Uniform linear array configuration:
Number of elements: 4
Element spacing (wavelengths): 1
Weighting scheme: kaiser
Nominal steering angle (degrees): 30
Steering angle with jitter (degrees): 29.576
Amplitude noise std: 0.05
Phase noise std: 0.05

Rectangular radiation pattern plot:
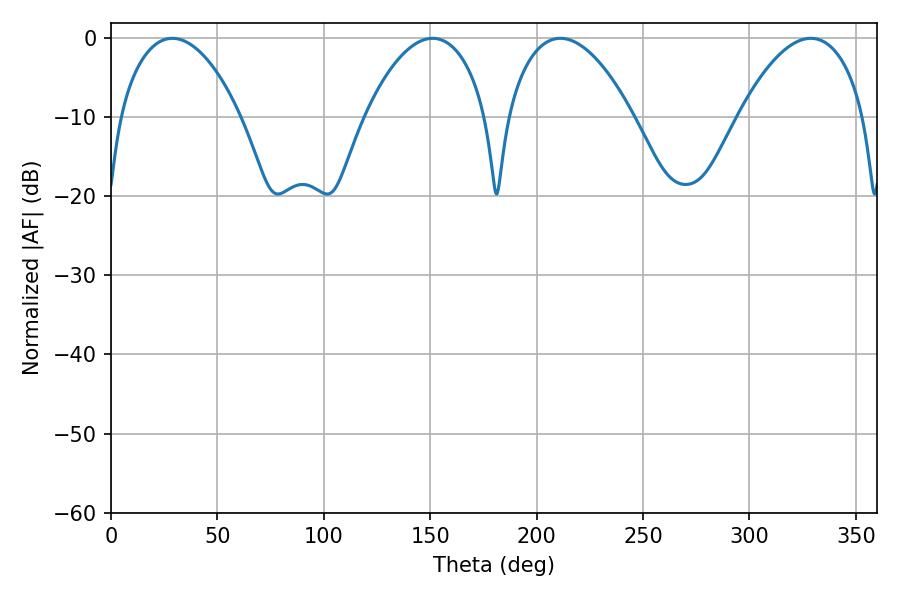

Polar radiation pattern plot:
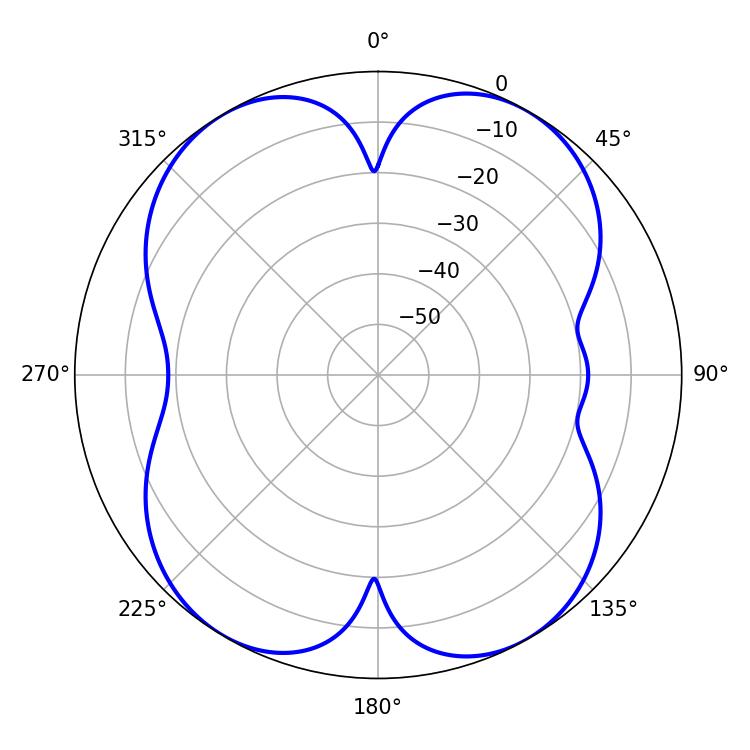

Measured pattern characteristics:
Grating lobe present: TRUE
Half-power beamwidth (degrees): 33.12
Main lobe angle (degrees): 211.14